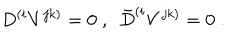
LaTeX: D ^ { ( i } V ^ { j k ) } = 0 \; , \ \ \bar { D } ^ { ( i } V ^ { j k ) } = 0 \; .